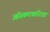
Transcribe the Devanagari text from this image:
ऑस्करकरिता